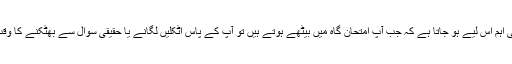
یہ سوال اور بھی اہم اس لیے ہو جاتا ہے کہ جب آپ امتحان گاہ میں بیٹھے ہوتے ہیں تو آپ کے پاس اٹکلیں لگانے یا حقیقی سوال سے بھٹکنے کا وقت نہیں ہوتا ہے۔